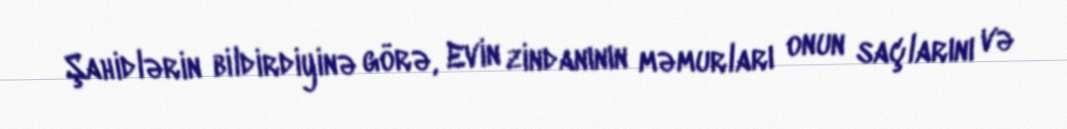
Şahidlərin bildirdiyinə görə, Evin zindanının məmurları onun saçlarını və